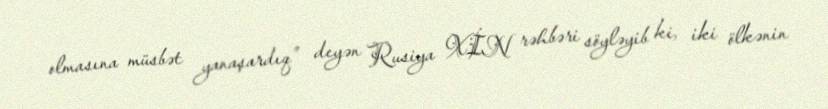
olmasına müsbət yanaşardıq” deyən Rusiya XİN rəhbəri söyləyib ki, iki ölkənin